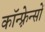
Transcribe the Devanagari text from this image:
कॉन्फ़्रेन्सों